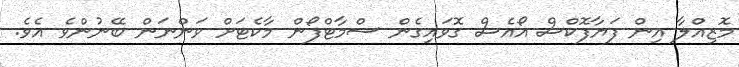
މޮޒިއްލާ އިން ފަޔާފޮކްސް އޯއެސް ގޮވައިގެން ސްމާޓްފޯން މާކެޓަށް ވަންނަން ބޭނުންވެ އެވެ.